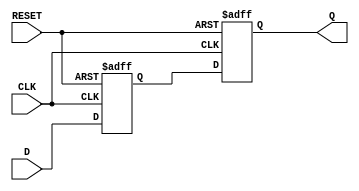
module master_slave_ff_synchronizer (
    input wire D,          // Asynchronous input signal
    input wire CLK,        // Primary clock signal
    input wire RESET,      // Asynchronous reset signal
    output reg Q          // Synchronized output signal
);

    reg Q_M;              // Output of the master flip-flop

    // Master Flip-Flop
    always @(posedge CLK or posedge RESET) begin
        if (RESET) begin
            Q_M <= 1'b0;  // Initialize master output to 0 on reset
        end else begin
            Q_M <= D;     // Capture input D on rising edge of CLK
        end
    end

    // Slave Flip-Flop
    always @(posedge CLK or posedge RESET) begin
        if (RESET) begin
            Q <= 1'b0;    // Initialize slave output to 0 on reset
        end else begin
            Q <= Q_M;     // Capture output of master flip-flop on rising edge of CLK
        end
    end

endmodule